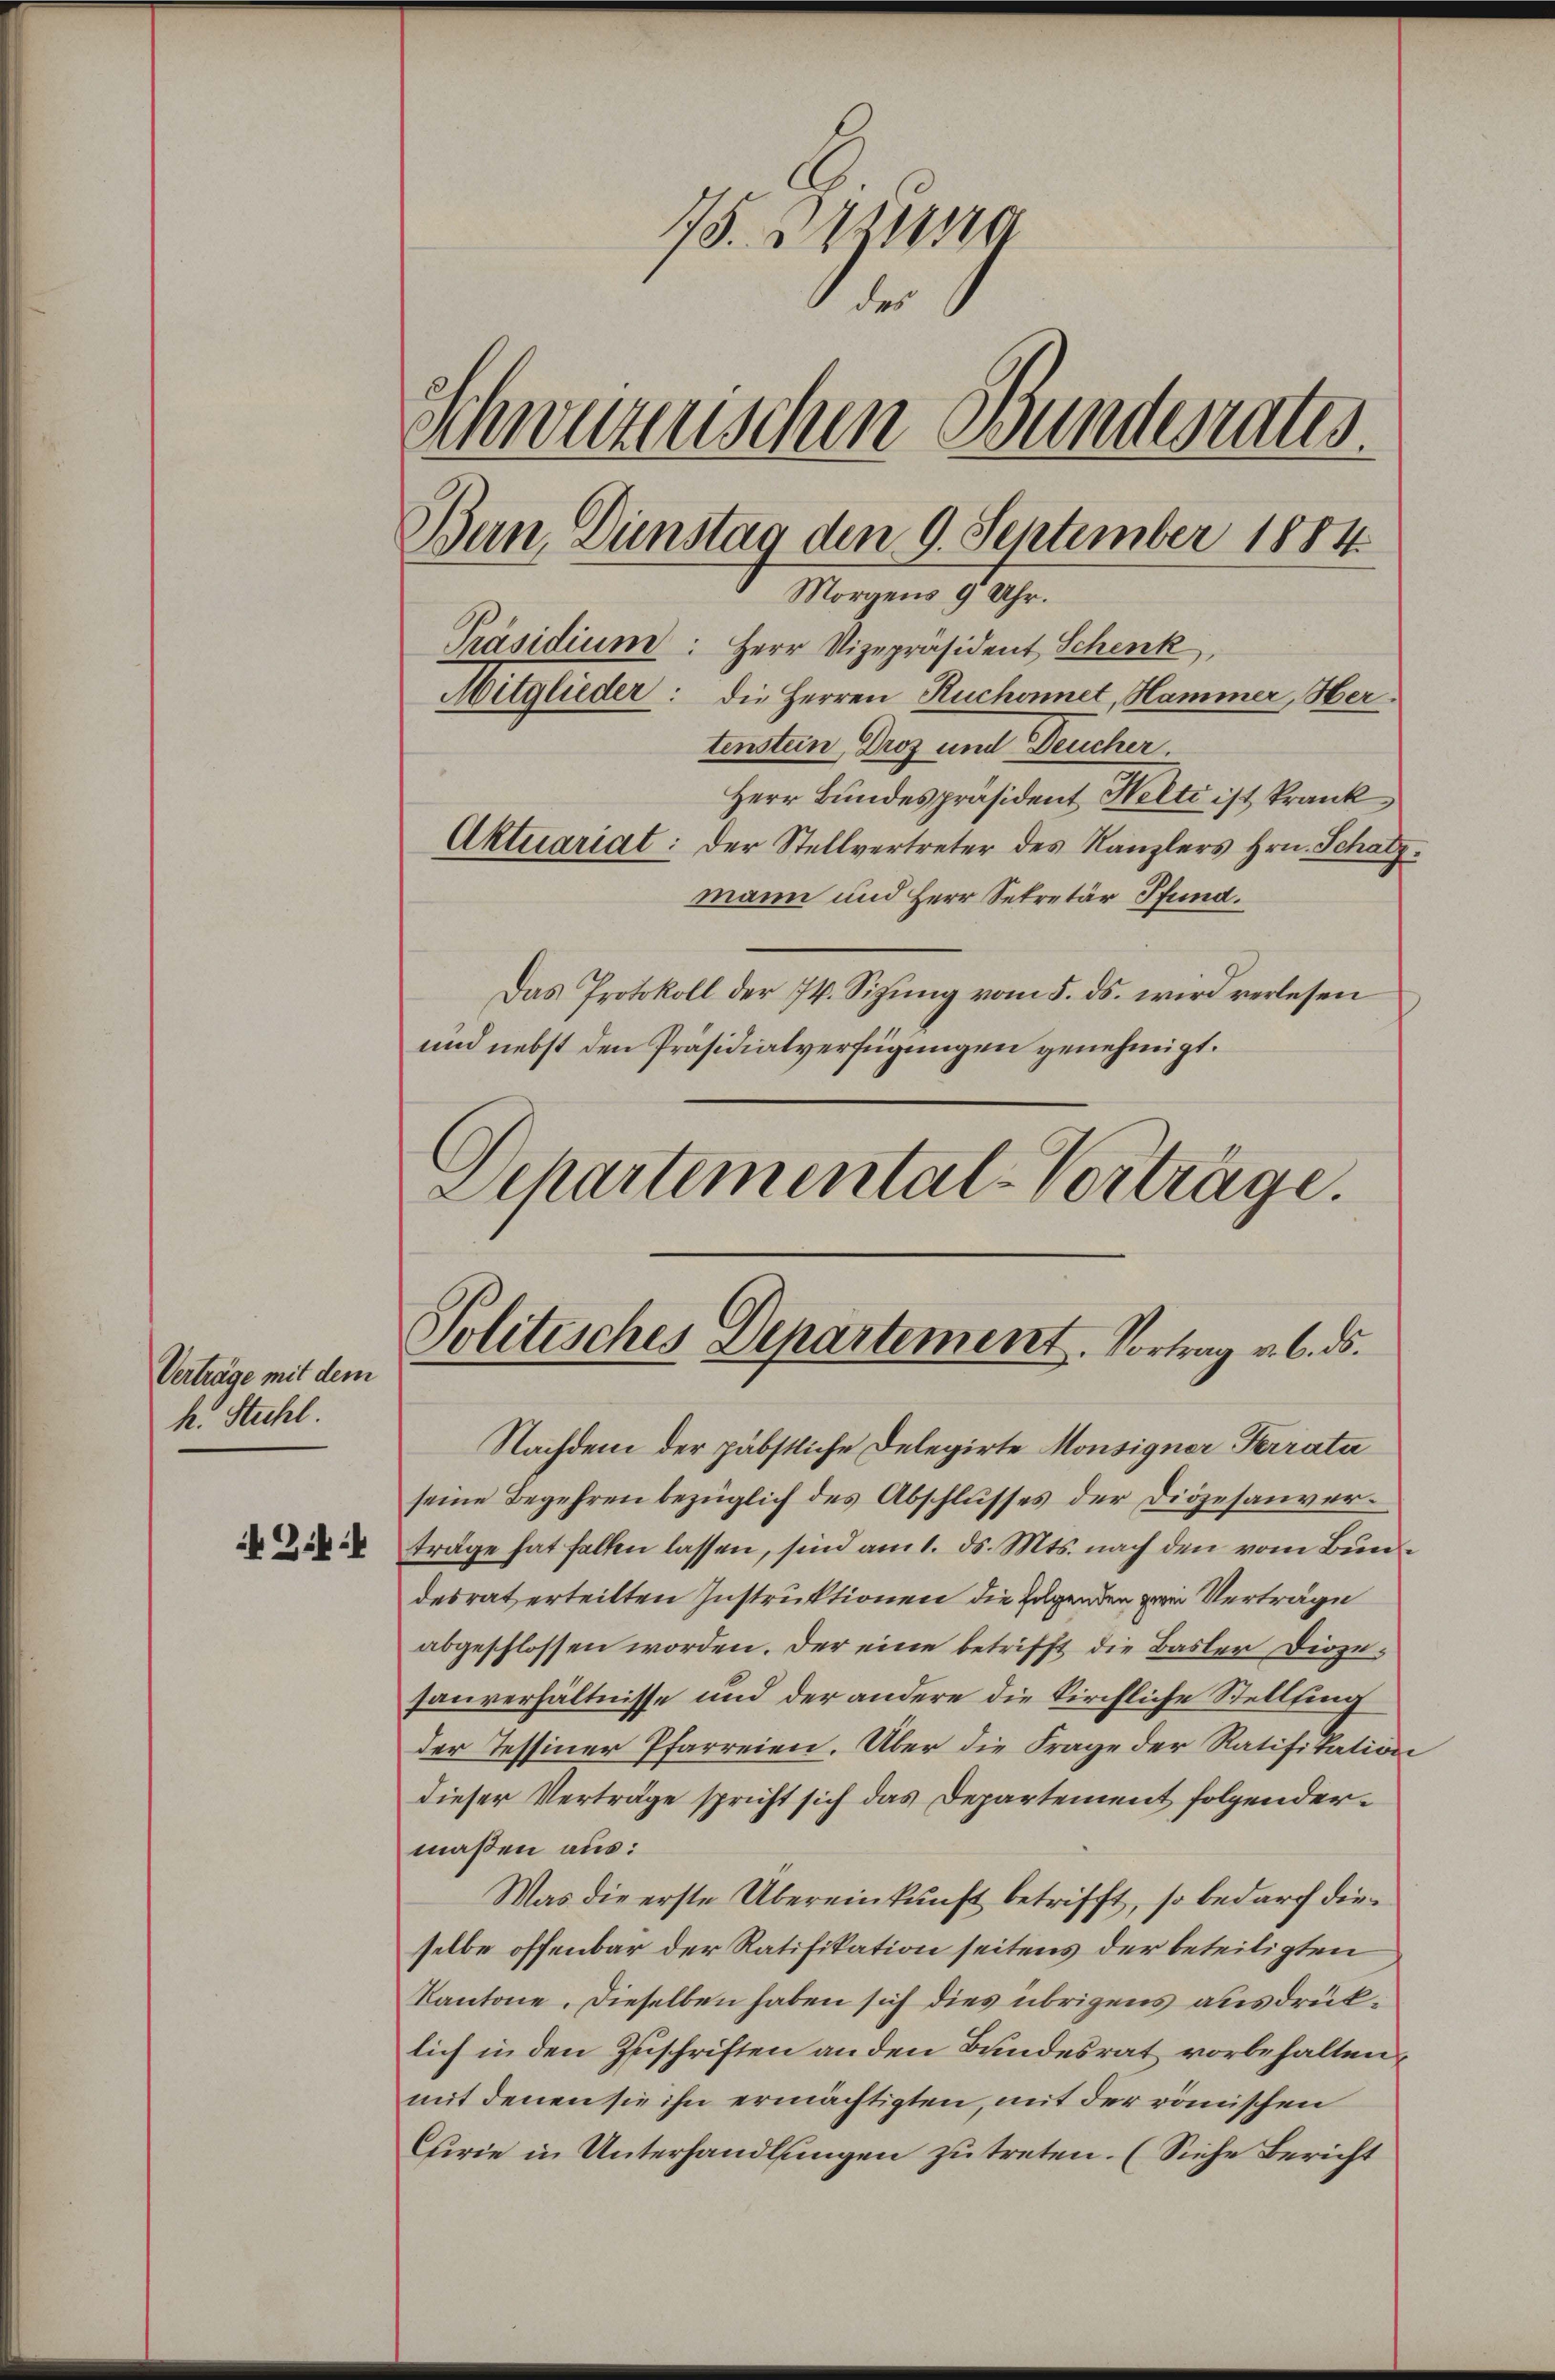
Verträge mit dem
k. Stuhl.

Zif.

75. Bezusa
des
Schwurerischen Bunderates
tenstein Droz und Deucher.
Herr Bundespräsident Welti ist krank
Aktuariat: Der Stellvertreter des Kanzlers Hrn. Schatz
mann und Herr Sekretär Pfund.
Das Protokoll der 74. Sizŭng vom 5. ds. wird verlesen
und nebst den Präsidialverfügungen genehmigt.
Departemental-Verträge.

Politisches Departement. Vortrag v. 6. ds.

Ban, Dunstag den 9. September 1884
Morgens 9 Uhr.
Präsidium: Herr Vizepräsident Schenk
Mitglieder: die Herren Ruchonnet, Hammer, Her¬

Nachdem der päbstliche Delegirte Monsigner Terrata
seine Begehren bezüglich des Abschlusses der Diözesanverträge hat fallen lassen, sind am 1. ds. Mts. nach den vom Bundesrat erteilten Instruktionen die Jagenden zwei Verträge
abgeschlossen worden. Der eine betrifft die Basler Diözesauverhältnisse und der andere die Kirchliche Stelling
der Tessiner Pfarreien. Über die Frage der Ratifikation
dieser Verträge spricht sich das Departement folgendermaßen aus:
Was die erste Übereinkunft betrifft, so bedarf dieselbe offenbar der Ratifikation seitens der beteiligten
Kantone. Dieselben haben sich dies übrigens ausdrüklich in den Zuschriften an den Bundesrat vorbehalten,
mit denen sie ihn ermächtigten, mit der römischen
Curie in Unterhandlungen zu treten. (Siehe Bericht